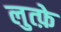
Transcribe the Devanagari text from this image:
लुत्फ़े